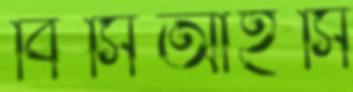
বিসিআইসি